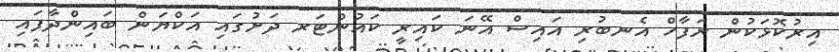
އިރުކޮޅަކުން ރަފާހް އެނބުރި އައިސް އޭނަ ކައިރީ ކައުންޓަރ ދަށުގައި އަކްޔަން ބައިންދާފައި